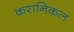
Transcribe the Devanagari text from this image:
करानिकल